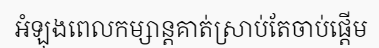
អំឡុងពេលកម្សាន្តគាត់ស្រាប់តែចាប់ផ្តើម